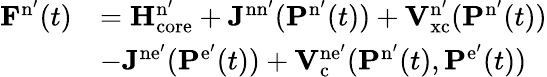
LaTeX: \begin{array}{rl}{\mathbf{F}^{\mathrm{n}^{\prime}}(t)}&{=\mathbf{H}_{\mathrm{core}}^{\mathrm{n}^{\prime}}+\mathbf{J}^{\mathrm{nn}^{\prime}}(\mathbf{P}^{\mathrm{n}^{\prime}}(t))+\mathbf{V}_{\mathrm{xc}}^{\mathrm{n}^{\prime}}(\mathbf{P}^{\mathrm{n}^{\prime}}(t))}\\ &{-\mathbf{J}^{\mathrm{ne}^{\prime}}(\mathbf{P}^{\mathrm{e}^{\prime}}(t))+\mathbf{V}_{\mathrm{c}}^{\mathrm{ne}^{\prime}}(\mathbf{P}^{\mathrm{n}^{\prime}}(t),\mathbf{P}^{\mathrm{e}^{\prime}}(t))}\end{array}